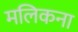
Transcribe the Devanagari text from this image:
मलिकना